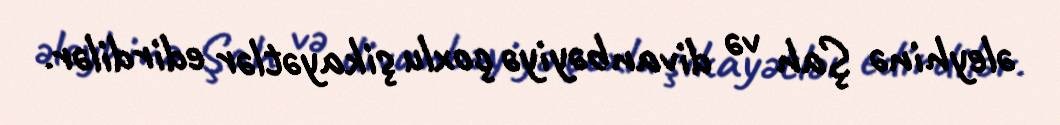
əleyhinə Şah və divanbəyiyə çoxlu şikayətlər edirdilər.